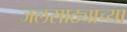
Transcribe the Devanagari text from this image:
जलसाठ्याच्या